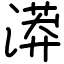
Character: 漭